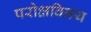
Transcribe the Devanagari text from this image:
परोक्षविनय